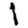
Digit: 1